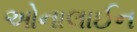
ઓનાલાઈન